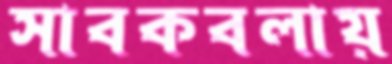
সাবকবলায়